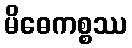
မိဓေကစ္စဿ